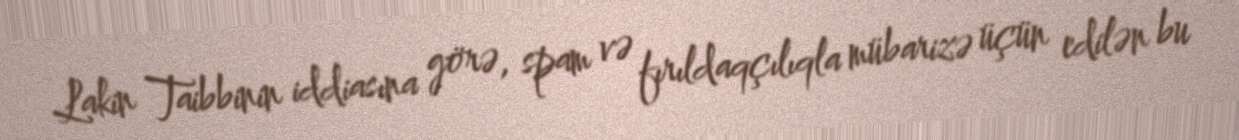
Lakin Taibbinin iddiasına görə, spam və fırıldaqçılıqla mübarizə üçün edilən bu